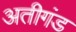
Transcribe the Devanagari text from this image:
अतीगंड